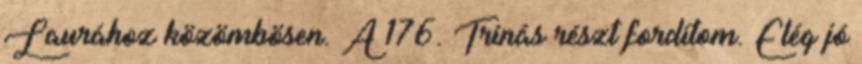
Laurához közömbösen. A 176. Trinás részt fordítom. Elég jó